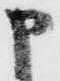
申